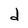
Character: d